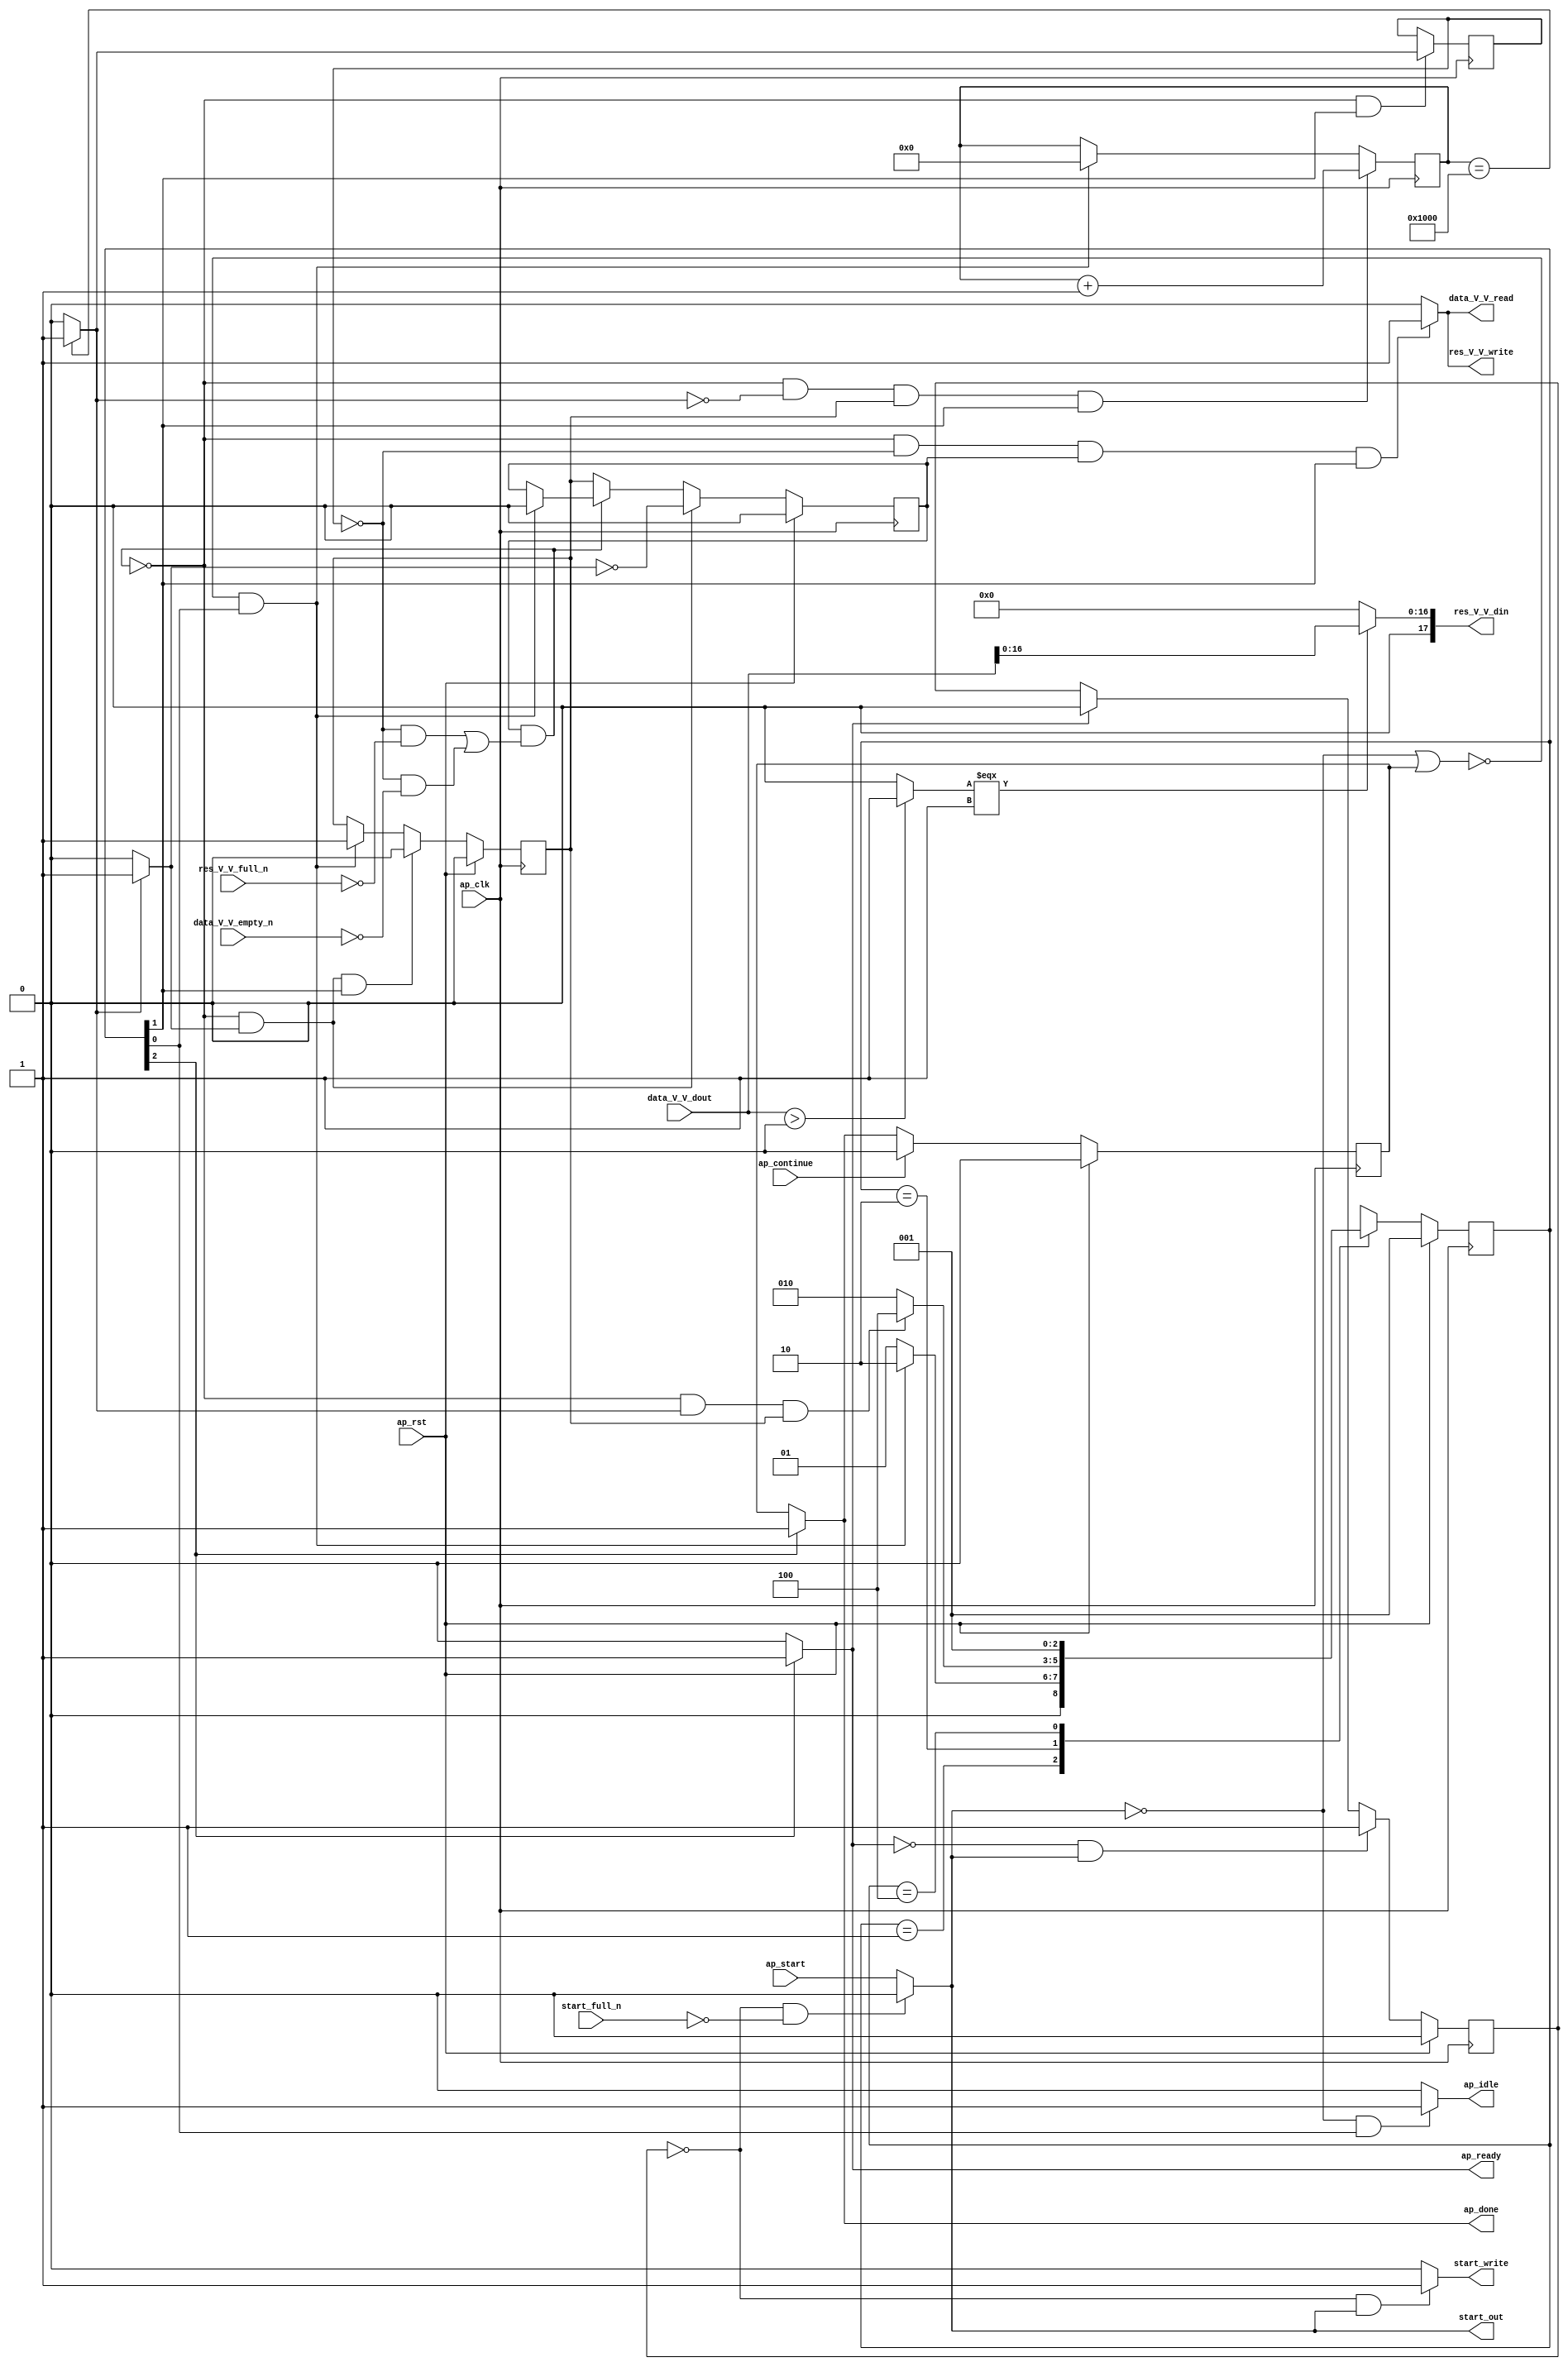
// ==============================================================
// RTL generated by Vivado(TM) HLS - High-Level Synthesis from C, C++ and OpenCL
// Version: 2019.2
// Copyright (C) 1986-2019 Xilinx, Inc. All Rights Reserved.
// 
// ===========================================================

`timescale 1 ns / 1 ps 

module relu_ss_ap_fixed_ap_fixed_18_8_5_3_0_relu_config24_s (
        ap_clk,
        ap_rst,
        ap_start,
        start_full_n,
        ap_done,
        ap_continue,
        ap_idle,
        ap_ready,
        start_out,
        start_write,
        data_V_V_dout,
        data_V_V_empty_n,
        data_V_V_read,
        res_V_V_din,
        res_V_V_full_n,
        res_V_V_write
);

parameter    ap_ST_fsm_state1 = 3'd1;
parameter    ap_ST_fsm_pp0_stage0 = 3'd2;
parameter    ap_ST_fsm_state4 = 3'd4;

input   ap_clk;
input   ap_rst;
input   ap_start;
input   start_full_n;
output   ap_done;
input   ap_continue;
output   ap_idle;
output   ap_ready;
output   start_out;
output   start_write;
input  [17:0] data_V_V_dout;
input   data_V_V_empty_n;
output   data_V_V_read;
output  [17:0] res_V_V_din;
input   res_V_V_full_n;
output   res_V_V_write;

reg ap_done;
reg ap_idle;
reg start_write;
reg data_V_V_read;
reg res_V_V_write;

reg    real_start;
reg    start_once_reg;
reg    ap_done_reg;
(* fsm_encoding = "none" *) reg   [2:0] ap_CS_fsm;
wire    ap_CS_fsm_state1;
reg    internal_ap_ready;
reg    data_V_V_blk_n;
wire    ap_CS_fsm_pp0_stage0;
reg    ap_enable_reg_pp0_iter1;
wire    ap_block_pp0_stage0;
reg   [0:0] icmp_ln90_reg_131;
reg    res_V_V_blk_n;
reg   [12:0] i_0_reg_85;
wire   [0:0] icmp_ln90_fu_96_p2;
wire    ap_block_state2_pp0_stage0_iter0;
reg    ap_block_state3_pp0_stage0_iter1;
reg    ap_block_pp0_stage0_11001;
wire   [12:0] i_fu_102_p2;
reg    ap_enable_reg_pp0_iter0;
reg    ap_block_state1;
reg    ap_block_pp0_stage0_subdone;
reg    ap_condition_pp0_exit_iter0_state2;
reg    ap_block_pp0_stage0_01001;
wire   [0:0] icmp_ln1494_fu_112_p2;
wire   [16:0] trunc_ln203_fu_108_p1;
wire   [16:0] tmp_V_fu_118_p3;
wire    ap_CS_fsm_state4;
reg   [2:0] ap_NS_fsm;
reg    ap_idle_pp0;
wire    ap_enable_pp0;

// power-on initialization
initial begin
#0 start_once_reg = 1'b0;
#0 ap_done_reg = 1'b0;
#0 ap_CS_fsm = 3'd1;
#0 ap_enable_reg_pp0_iter1 = 1'b0;
#0 ap_enable_reg_pp0_iter0 = 1'b0;
end

always @ (posedge ap_clk) begin
    if (ap_rst == 1'b1) begin
        ap_CS_fsm <= ap_ST_fsm_state1;
    end else begin
        ap_CS_fsm <= ap_NS_fsm;
    end
end

always @ (posedge ap_clk) begin
    if (ap_rst == 1'b1) begin
        ap_done_reg <= 1'b0;
    end else begin
        if ((ap_continue == 1'b1)) begin
            ap_done_reg <= 1'b0;
        end else if ((1'b1 == ap_CS_fsm_state4)) begin
            ap_done_reg <= 1'b1;
        end
    end
end

always @ (posedge ap_clk) begin
    if (ap_rst == 1'b1) begin
        ap_enable_reg_pp0_iter0 <= 1'b0;
    end else begin
        if (((1'b0 == ap_block_pp0_stage0_subdone) & (1'b1 == ap_condition_pp0_exit_iter0_state2) & (1'b1 == ap_CS_fsm_pp0_stage0))) begin
            ap_enable_reg_pp0_iter0 <= 1'b0;
        end else if ((~((real_start == 1'b0) | (ap_done_reg == 1'b1)) & (1'b1 == ap_CS_fsm_state1))) begin
            ap_enable_reg_pp0_iter0 <= 1'b1;
        end
    end
end

always @ (posedge ap_clk) begin
    if (ap_rst == 1'b1) begin
        ap_enable_reg_pp0_iter1 <= 1'b0;
    end else begin
        if (((1'b0 == ap_block_pp0_stage0_subdone) & (1'b1 == ap_condition_pp0_exit_iter0_state2))) begin
            ap_enable_reg_pp0_iter1 <= (1'b1 ^ ap_condition_pp0_exit_iter0_state2);
        end else if ((1'b0 == ap_block_pp0_stage0_subdone)) begin
            ap_enable_reg_pp0_iter1 <= ap_enable_reg_pp0_iter0;
        end else if ((~((real_start == 1'b0) | (ap_done_reg == 1'b1)) & (1'b1 == ap_CS_fsm_state1))) begin
            ap_enable_reg_pp0_iter1 <= 1'b0;
        end
    end
end

always @ (posedge ap_clk) begin
    if (ap_rst == 1'b1) begin
        start_once_reg <= 1'b0;
    end else begin
        if (((internal_ap_ready == 1'b0) & (real_start == 1'b1))) begin
            start_once_reg <= 1'b1;
        end else if ((internal_ap_ready == 1'b1)) begin
            start_once_reg <= 1'b0;
        end
    end
end

always @ (posedge ap_clk) begin
    if (((1'b0 == ap_block_pp0_stage0_11001) & (icmp_ln90_fu_96_p2 == 1'd0) & (ap_enable_reg_pp0_iter0 == 1'b1) & (1'b1 == ap_CS_fsm_pp0_stage0))) begin
        i_0_reg_85 <= i_fu_102_p2;
    end else if ((~((real_start == 1'b0) | (ap_done_reg == 1'b1)) & (1'b1 == ap_CS_fsm_state1))) begin
        i_0_reg_85 <= 13'd0;
    end
end

always @ (posedge ap_clk) begin
    if (((1'b0 == ap_block_pp0_stage0_11001) & (1'b1 == ap_CS_fsm_pp0_stage0))) begin
        icmp_ln90_reg_131 <= icmp_ln90_fu_96_p2;
    end
end

always @ (*) begin
    if ((icmp_ln90_fu_96_p2 == 1'd1)) begin
        ap_condition_pp0_exit_iter0_state2 = 1'b1;
    end else begin
        ap_condition_pp0_exit_iter0_state2 = 1'b0;
    end
end

always @ (*) begin
    if ((1'b1 == ap_CS_fsm_state4)) begin
        ap_done = 1'b1;
    end else begin
        ap_done = ap_done_reg;
    end
end

always @ (*) begin
    if (((real_start == 1'b0) & (1'b1 == ap_CS_fsm_state1))) begin
        ap_idle = 1'b1;
    end else begin
        ap_idle = 1'b0;
    end
end

always @ (*) begin
    if (((ap_enable_reg_pp0_iter0 == 1'b0) & (ap_enable_reg_pp0_iter1 == 1'b0))) begin
        ap_idle_pp0 = 1'b1;
    end else begin
        ap_idle_pp0 = 1'b0;
    end
end

always @ (*) begin
    if (((icmp_ln90_reg_131 == 1'd0) & (1'b0 == ap_block_pp0_stage0) & (ap_enable_reg_pp0_iter1 == 1'b1) & (1'b1 == ap_CS_fsm_pp0_stage0))) begin
        data_V_V_blk_n = data_V_V_empty_n;
    end else begin
        data_V_V_blk_n = 1'b1;
    end
end

always @ (*) begin
    if (((1'b0 == ap_block_pp0_stage0_11001) & (icmp_ln90_reg_131 == 1'd0) & (ap_enable_reg_pp0_iter1 == 1'b1) & (1'b1 == ap_CS_fsm_pp0_stage0))) begin
        data_V_V_read = 1'b1;
    end else begin
        data_V_V_read = 1'b0;
    end
end

always @ (*) begin
    if ((1'b1 == ap_CS_fsm_state4)) begin
        internal_ap_ready = 1'b1;
    end else begin
        internal_ap_ready = 1'b0;
    end
end

always @ (*) begin
    if (((start_once_reg == 1'b0) & (start_full_n == 1'b0))) begin
        real_start = 1'b0;
    end else begin
        real_start = ap_start;
    end
end

always @ (*) begin
    if (((icmp_ln90_reg_131 == 1'd0) & (1'b0 == ap_block_pp0_stage0) & (ap_enable_reg_pp0_iter1 == 1'b1) & (1'b1 == ap_CS_fsm_pp0_stage0))) begin
        res_V_V_blk_n = res_V_V_full_n;
    end else begin
        res_V_V_blk_n = 1'b1;
    end
end

always @ (*) begin
    if (((1'b0 == ap_block_pp0_stage0_11001) & (icmp_ln90_reg_131 == 1'd0) & (ap_enable_reg_pp0_iter1 == 1'b1) & (1'b1 == ap_CS_fsm_pp0_stage0))) begin
        res_V_V_write = 1'b1;
    end else begin
        res_V_V_write = 1'b0;
    end
end

always @ (*) begin
    if (((start_once_reg == 1'b0) & (real_start == 1'b1))) begin
        start_write = 1'b1;
    end else begin
        start_write = 1'b0;
    end
end

always @ (*) begin
    case (ap_CS_fsm)
        ap_ST_fsm_state1 : begin
            if ((~((real_start == 1'b0) | (ap_done_reg == 1'b1)) & (1'b1 == ap_CS_fsm_state1))) begin
                ap_NS_fsm = ap_ST_fsm_pp0_stage0;
            end else begin
                ap_NS_fsm = ap_ST_fsm_state1;
            end
        end
        ap_ST_fsm_pp0_stage0 : begin
            if (~((1'b0 == ap_block_pp0_stage0_subdone) & (icmp_ln90_fu_96_p2 == 1'd1) & (ap_enable_reg_pp0_iter0 == 1'b1))) begin
                ap_NS_fsm = ap_ST_fsm_pp0_stage0;
            end else if (((1'b0 == ap_block_pp0_stage0_subdone) & (icmp_ln90_fu_96_p2 == 1'd1) & (ap_enable_reg_pp0_iter0 == 1'b1))) begin
                ap_NS_fsm = ap_ST_fsm_state4;
            end else begin
                ap_NS_fsm = ap_ST_fsm_pp0_stage0;
            end
        end
        ap_ST_fsm_state4 : begin
            ap_NS_fsm = ap_ST_fsm_state1;
        end
        default : begin
            ap_NS_fsm = 'bx;
        end
    endcase
end

assign ap_CS_fsm_pp0_stage0 = ap_CS_fsm[32'd1];

assign ap_CS_fsm_state1 = ap_CS_fsm[32'd0];

assign ap_CS_fsm_state4 = ap_CS_fsm[32'd2];

assign ap_block_pp0_stage0 = ~(1'b1 == 1'b1);

always @ (*) begin
    ap_block_pp0_stage0_01001 = ((ap_enable_reg_pp0_iter1 == 1'b1) & (((icmp_ln90_reg_131 == 1'd0) & (res_V_V_full_n == 1'b0)) | ((icmp_ln90_reg_131 == 1'd0) & (data_V_V_empty_n == 1'b0))));
end

always @ (*) begin
    ap_block_pp0_stage0_11001 = ((ap_enable_reg_pp0_iter1 == 1'b1) & (((icmp_ln90_reg_131 == 1'd0) & (res_V_V_full_n == 1'b0)) | ((icmp_ln90_reg_131 == 1'd0) & (data_V_V_empty_n == 1'b0))));
end

always @ (*) begin
    ap_block_pp0_stage0_subdone = ((ap_enable_reg_pp0_iter1 == 1'b1) & (((icmp_ln90_reg_131 == 1'd0) & (res_V_V_full_n == 1'b0)) | ((icmp_ln90_reg_131 == 1'd0) & (data_V_V_empty_n == 1'b0))));
end

always @ (*) begin
    ap_block_state1 = ((real_start == 1'b0) | (ap_done_reg == 1'b1));
end

assign ap_block_state2_pp0_stage0_iter0 = ~(1'b1 == 1'b1);

always @ (*) begin
    ap_block_state3_pp0_stage0_iter1 = (((icmp_ln90_reg_131 == 1'd0) & (res_V_V_full_n == 1'b0)) | ((icmp_ln90_reg_131 == 1'd0) & (data_V_V_empty_n == 1'b0)));
end

assign ap_enable_pp0 = (ap_idle_pp0 ^ 1'b1);

assign ap_ready = internal_ap_ready;

assign i_fu_102_p2 = (i_0_reg_85 + 13'd1);

assign icmp_ln1494_fu_112_p2 = (($signed(data_V_V_dout) > $signed(18'd0)) ? 1'b1 : 1'b0);

assign icmp_ln90_fu_96_p2 = ((i_0_reg_85 == 13'd4096) ? 1'b1 : 1'b0);

assign res_V_V_din = tmp_V_fu_118_p3;

assign start_out = real_start;

assign tmp_V_fu_118_p3 = ((icmp_ln1494_fu_112_p2[0:0] === 1'b1) ? trunc_ln203_fu_108_p1 : 17'd0);

assign trunc_ln203_fu_108_p1 = data_V_V_dout[16:0];

endmodule //relu_ss_ap_fixed_ap_fixed_18_8_5_3_0_relu_config24_s